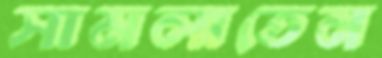
সামলাতেন